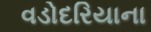
વડોદરિયાના